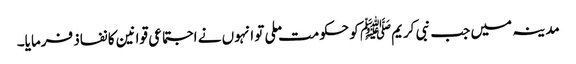
مدینہ میں جب نبی کریمﷺ کو حکومت ملی تو انہوں نے اجتماعی قوانین کا نفاذ فرمایا۔